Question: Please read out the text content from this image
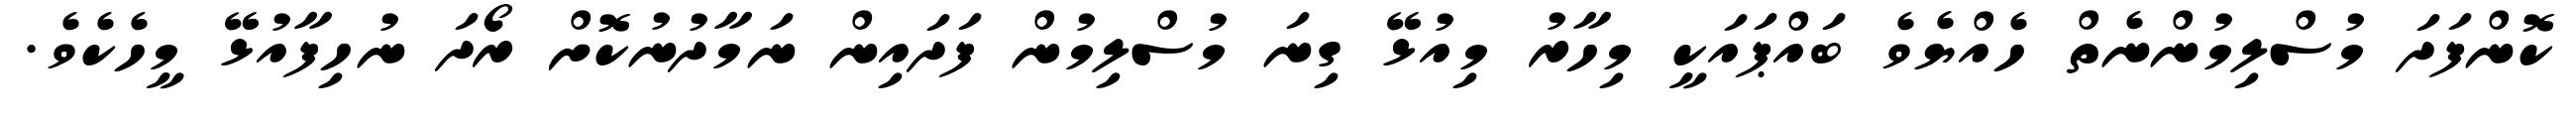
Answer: ކޮންފަދަ މުސްލިމުންނެތް ހެއްޔެވެ ބައްޕައަކީ މިހާރު މިއުޅޭ ގިނަ މުސްލިމުން ފަދައިން ނަމާދުނުކޮށް ރޯދަ ނުހިފާއުޅޭ މީހެކެވެ.